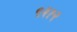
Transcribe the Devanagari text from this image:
९३१२